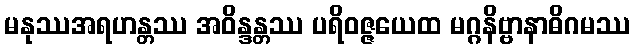
မနုဿအရဟန္တဿ အဝိန္ဒန္တဿ ပရိဝဇ္ဇယေထ မဂ္ဂနိဗ္ဗာနာဓိဂမဿ